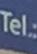
tel